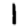
Digit: 1